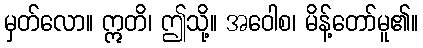
မှတ်လော။ ဣတိ၊ ဤသို့။ အဝေါစ၊ မိန့်တော်မူ၏။